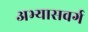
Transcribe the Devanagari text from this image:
अभ्यासवर्ग